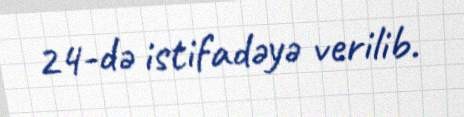
24-də istifadəyə verilib.